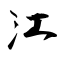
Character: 江